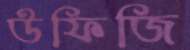
উফিজি